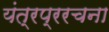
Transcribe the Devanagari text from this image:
यंत्रप्ररचना